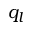
q _ { l }